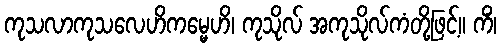
ကုသလာကုသလေဟိကမ္မေဟိ၊ ကုသိုလ် အကုသိုလ်ကံတို့ဖြင့်။ ကိံ၊